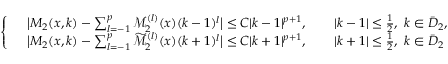
\begin{array} { r } { \left\{ \begin{array} { l l } & { \big | M _ { 2 } ( x , k ) - \sum _ { l = - 1 } ^ { p } \mathcal { M } _ { 2 } ^ { ( l ) } ( x ) ( k - 1 ) ^ { l } \big | \leq C | k - 1 | ^ { p + 1 } , \qquad | k - 1 | \leq \frac { 1 } { 2 } , \ k \in \bar { D } _ { 2 } , } \\ & { \big | M _ { 2 } ( x , k ) - \sum _ { l = - 1 } ^ { p } \widetilde { \mathcal { M } } _ { 2 } ^ { ( l ) } ( x ) ( k + 1 ) ^ { l } \big | \leq C | k + 1 | ^ { p + 1 } , \qquad | k + 1 | \leq \frac { 1 } { 2 } , \ k \in \bar { D } _ { 2 } } \end{array} \right. } \end{array}